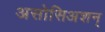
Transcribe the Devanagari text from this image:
असोसिअशन्